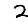
Digit: 2